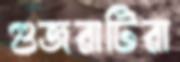
গুজরাটিরা